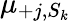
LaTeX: \mu_{+j,S_{k}}